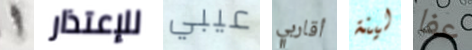
1 للإعتذار عيبي أقاربي لينة عفا